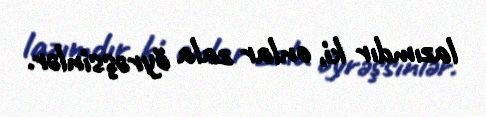
lazımdır ki, onlar zala öyrəşsinlər.